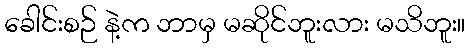
ခေါင်းစဉ် နဲ့က ဘာမှ မဆိုင်ဘူးလား မသိဘူး။